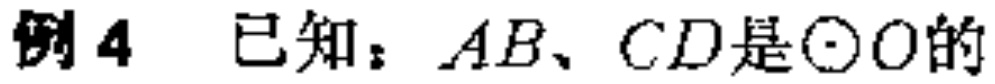
例4 已知：$AB、CD是\odot O的$